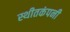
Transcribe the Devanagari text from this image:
स्थीतकंपनी